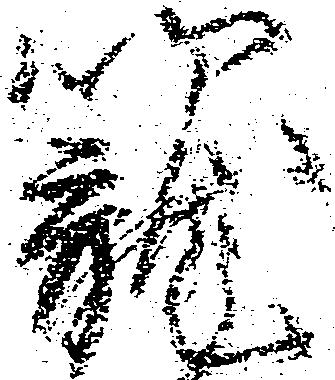
籠